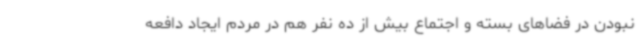
نبودن در فضاهای بسته و اجتماع‌ بیش از ده نفر هم در مردم ایجاد دافعه